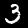
Digit: 3